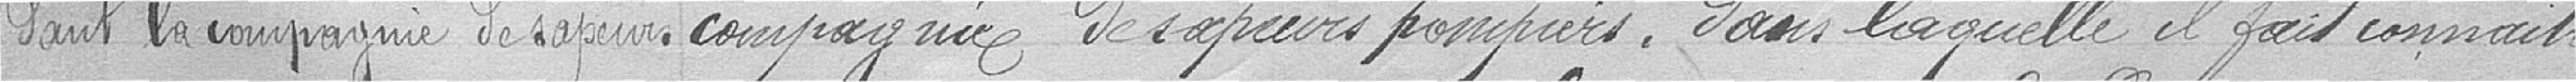
dant la compagnie de sapeur.compagnie de sapeurs pompiers, dans laquelle il fait connaitre